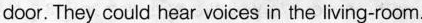
door. They could hear voices in the living-room.